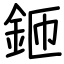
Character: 鉔